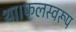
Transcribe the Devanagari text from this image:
था।फलस्वरूप